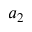
a _ { 2 }